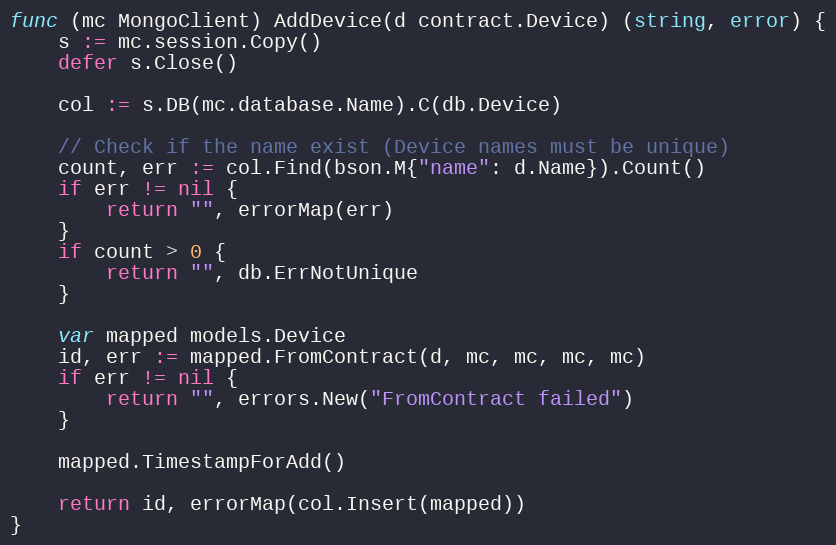
Language: Go
func (mc MongoClient) AddDevice(d contract.Device) (string, error) {
	s := mc.session.Copy()
	defer s.Close()

	col := s.DB(mc.database.Name).C(db.Device)

	// Check if the name exist (Device names must be unique)
	count, err := col.Find(bson.M{"name": d.Name}).Count()
	if err != nil {
		return "", errorMap(err)
	}
	if count > 0 {
		return "", db.ErrNotUnique
	}

	var mapped models.Device
	id, err := mapped.FromContract(d, mc, mc, mc, mc)
	if err != nil {
		return "", errors.New("FromContract failed")
	}

	mapped.TimestampForAdd()

	return id, errorMap(col.Insert(mapped))
}